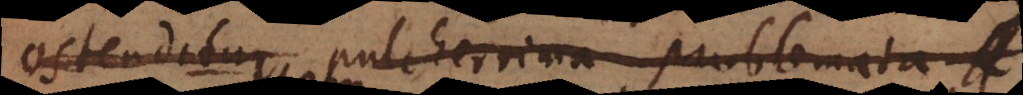
ostenditur pulcherrima problemata